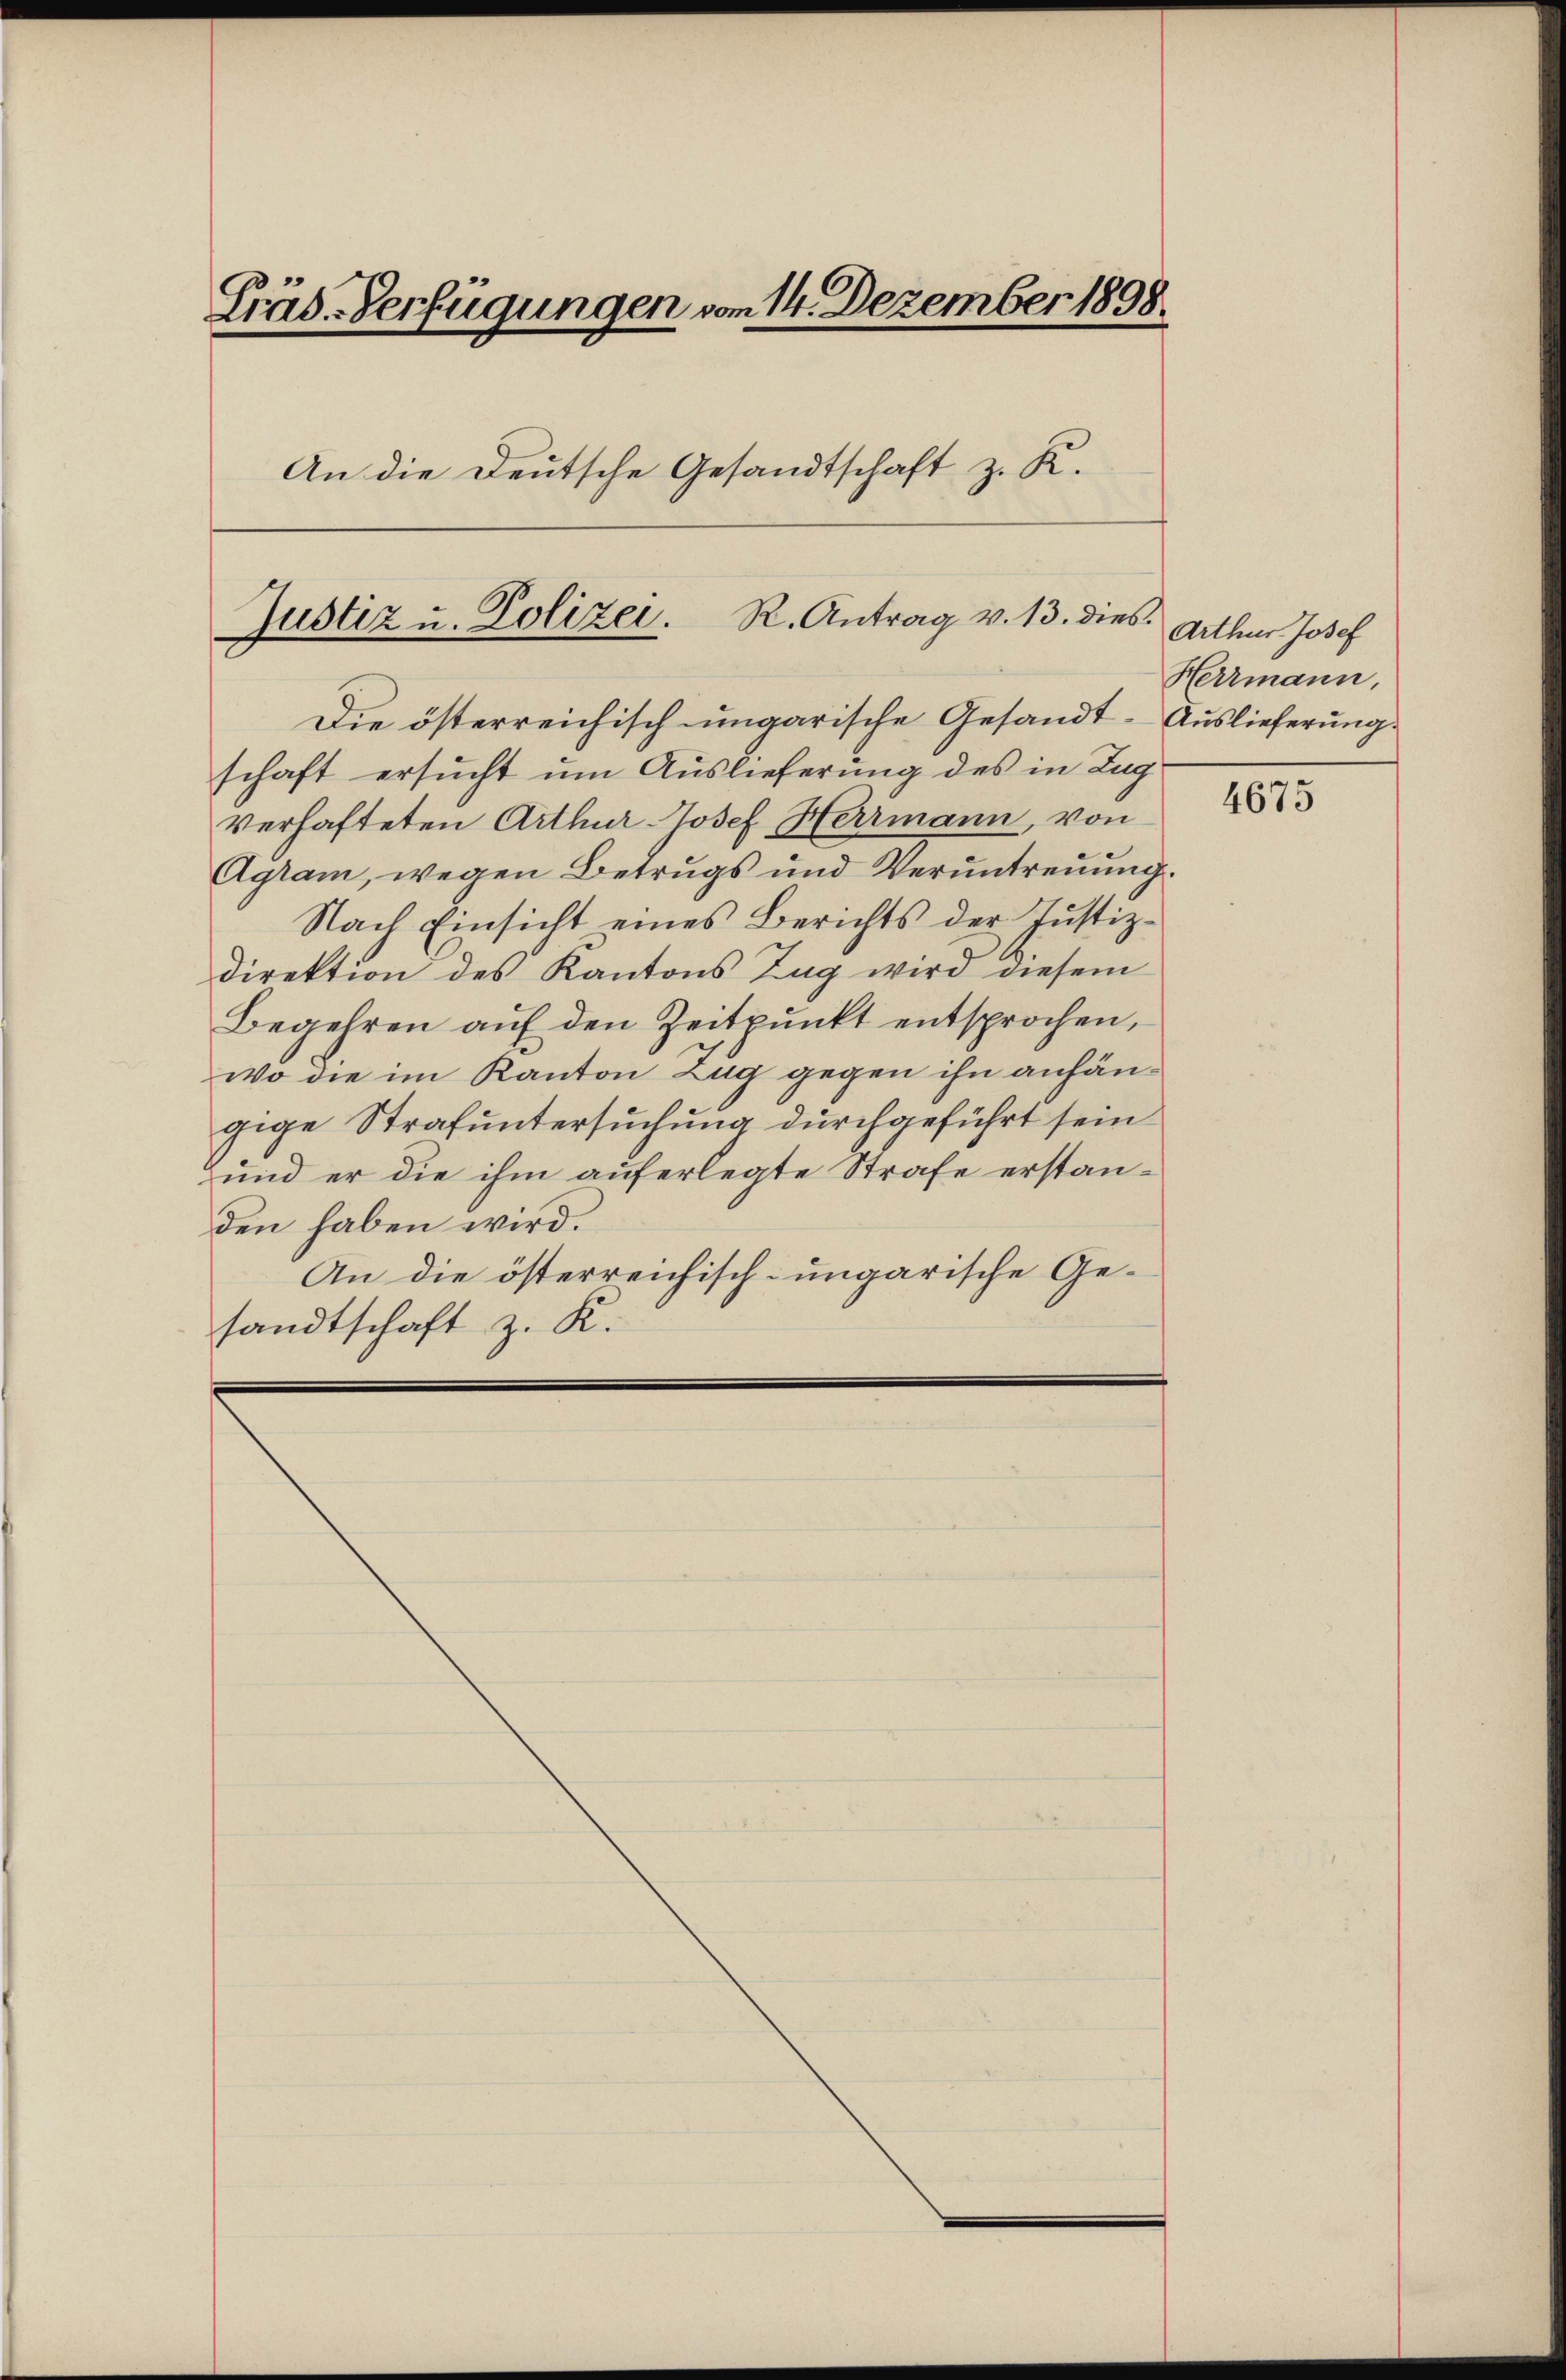
Cräd.-Verfügungen vom 14. Dezember 1898.
An die Deutsche Gesandtschaft z. R.

Justiz u. Polizei. R. Antrag v. 13. dies

Die österreichisch ungarische Gesandt-Auslieferung.
schaft ersucht um Auslieferung des in Zug
verhafteten Arthur Josef Herrmann, von
Agram, wegen Betrugs und Veruntreuung.
Nach Einsicht eines Berichts der Justiz-
direktion des Kantons Zug wird diesem
Begehren aŭf den Zeitpunkt entsprochen,
wo die im Kanton Zug gegen ihn anhängige Strafuntersuchung durchgeführt sein
und er die ihm auferlegte Strafe erstanden haben wird.
An die österreichisch-ungarische Gesandtschaft z. K.

Arthur Josef
Herrmann,

4675